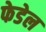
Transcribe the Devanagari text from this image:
फेडेल